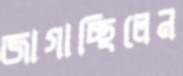
জাগাচ্ছিলেন